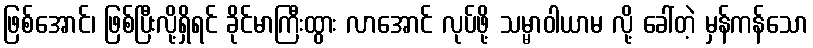
ဖြစ်အောင်၊ ဖြစ်ပြီးလို့ရှိရင် ခိုင်မာကြီးထွား လာအောင် လုပ်ဖို့ သမ္မာဝါယာမ လို့ ခေါ်တဲ့ မှန်ကန်သော